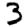
Digit: 3